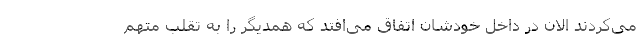
می‌کردند الان در داخل خودشان اتفاق می‌افتد که همدیگر را به تقلب متهم